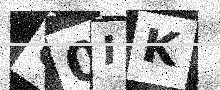
Text: U0IK